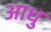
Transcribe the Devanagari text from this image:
आधु